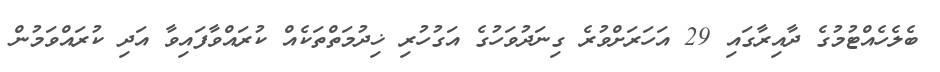
ބެލެހެއްޓުމުގެ ދާއިރާގައި 29 އަހަރަށްވުރެ ގިނަދުވަހުގެ އަގުހުރި ޚިދުމަތްތަކެއް ކުރައްވާފައިވާ އަދި ކުރައްވަމުން